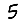
Digit: 5